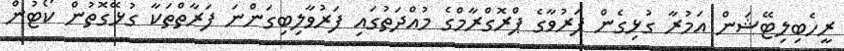
ރީހެބިލިޓޭޝަން އަމުރާ ގުޅިގެން ފަރުވާގެ ޕްރޮގްރާމްގެ މުއްދަތުގައި ފަރުވާލިބިގަންނަ ފަރާތްތަކާ ގުޅޭގޮތުން ކޯޓުން